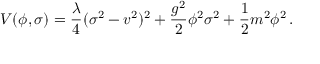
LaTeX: V ( \phi , \sigma ) = { \frac { \lambda } { 4 } } ( \sigma ^ { 2 } - v ^ { 2 } ) ^ { 2 } + { \frac { g ^ { 2 } } { 2 } } \phi ^ { 2 } \sigma ^ { 2 } + { \frac { 1 } { 2 } } m ^ { 2 } \phi ^ { 2 } \, .